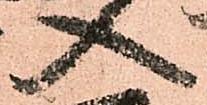
入